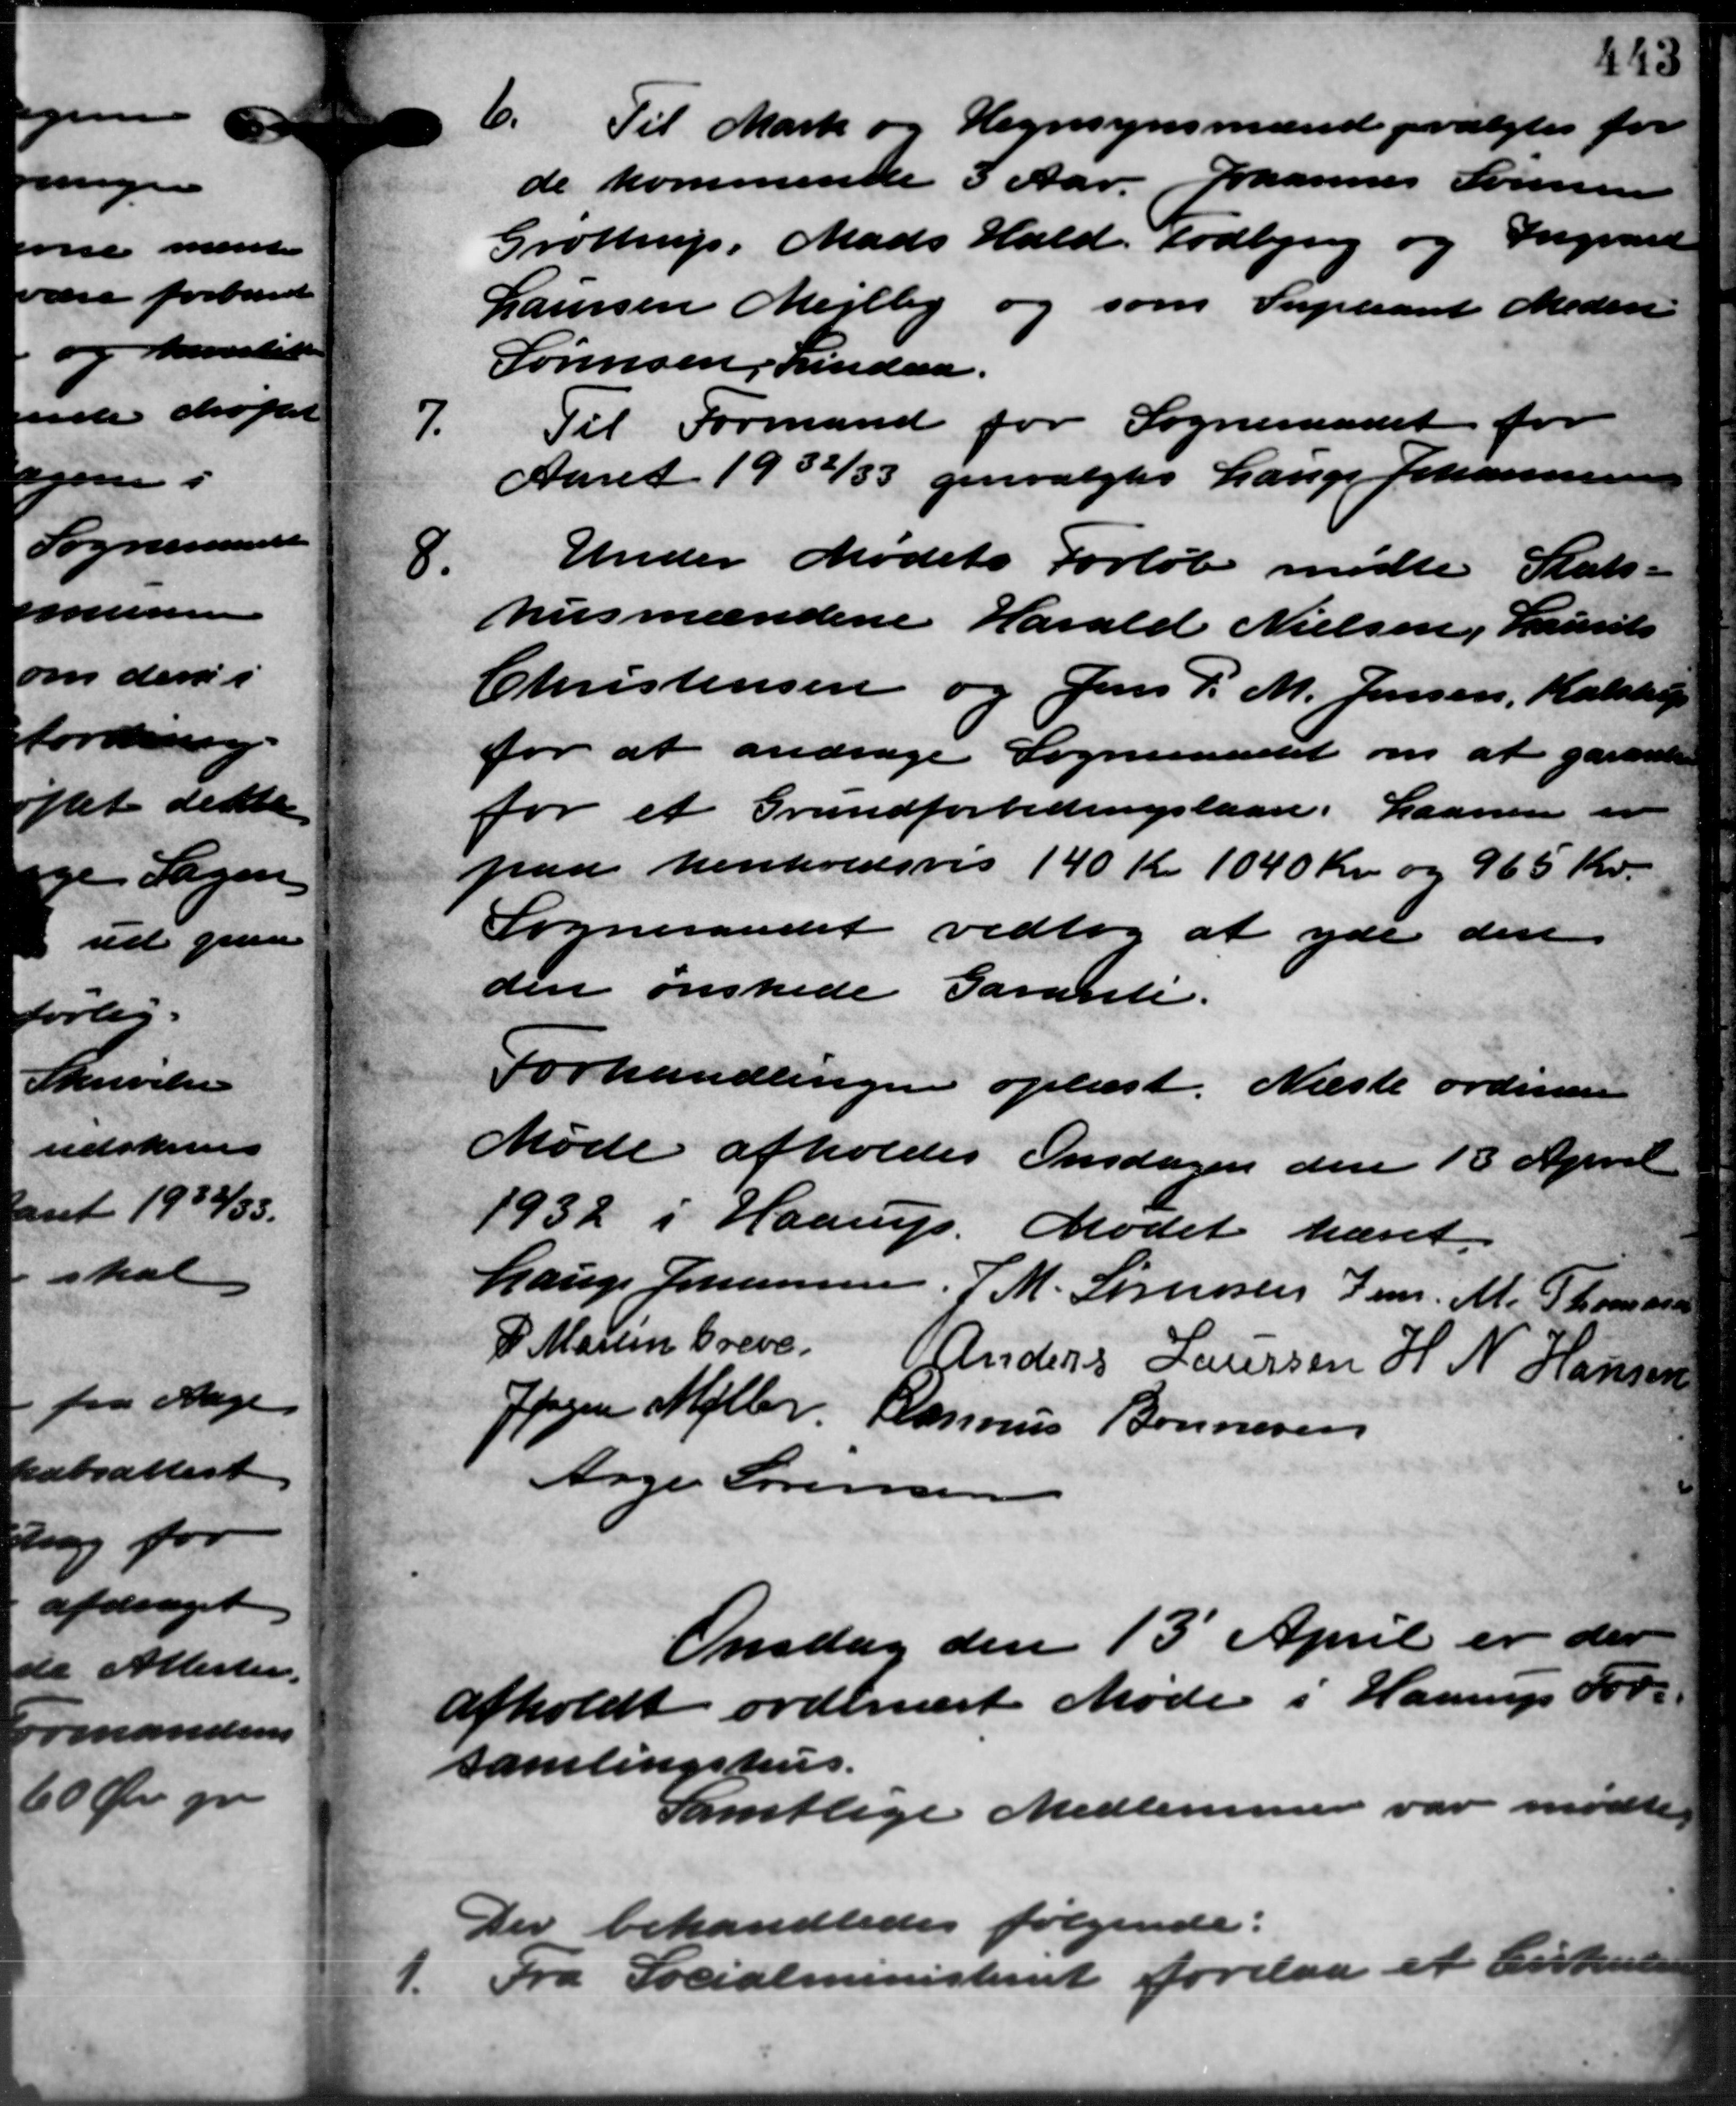
Transskription:
6. Til Mark og Hegnsynsmænd valgtes for
de kommende 3 Aar. Johannes Sørensen
Grøttrup, Mads Hald, Todbjerg og Ingvard
Laursen Mejlby og som Supleant Meden
Sørensen, Lindaa.

Til Formand for Sogneraadet for
Aaret 1932/33 genvalgtes Lauge Johannesen

Under Mødets Forløb mødte Stats-
husmændene Harald Nielsen, Laurits
Christensen og Jens P. M. Jensen, Kalstrup
for at andrage Sogneraadet om at garande
for et Grundforbedringslaan. Laanen er
paa henholdsvis 140 Kr. 1040 Kr. og 965 Kr.
Sogneraadet vedtog at yde den
den ønskede Garante.
Forhandlingen oplæst. Næste ordinære
Møde afholdes Onsdagen den 13 April
1932 i Haarup. Mødet hævet.
Lauge Johannesen, J. M. Sørensen Jens. M. Thomassen
P. Marien Breve. Anders Laursen  H. N. Hansen
Jørgen Møller Rasmus Bonnesen
Aage Sørensen
Onsdag den 13´ April er der
afholdt ordinært Møde i Haarup For-
samlingshus.
Samtlige Medlemmer var mødte.
Der behandledes følgende:

Fra Socialministeriet forelaa et Cirkulære